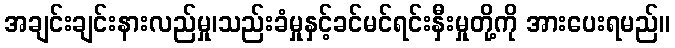
အချင်းချင်းနားလည်မှု၊သည်းခံမှုနှင့်ခင်မင်ရင်းနှီးမှုတို့ကို အားပေးရမည်။